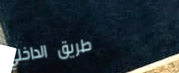
طريق الداخلي